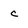
Character: c